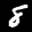
Label: 8